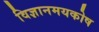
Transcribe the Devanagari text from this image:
विज्ञानमयकोष